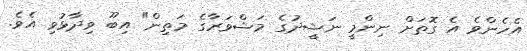
އެހެންވެ އެ ގޮތަށް ނިންމީ ނަޝީދުގެ މަޝްވަރާގެ މަތިން" އިބޫ ވިދާޅުވި އެވެ.